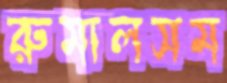
রুমালসম